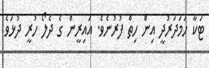
ޓަކާ ހަމަދަރުދީ އިން ހިތް ފުރުނެވެ. އައިރީން ގެ ދެލޯ ހުރީ ދުޅަވެ